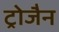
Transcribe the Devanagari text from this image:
ट्रोजैन